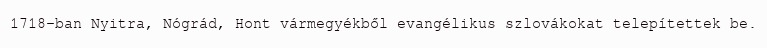
1718-ban Nyitra, Nógrád, Hont vármegyékből evangélikus szlovákokat telepítettek be.